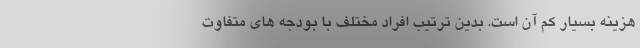
هزینه بسیار کم آن است. بدین ترتیب افراد مختلف با بودجه های متفاوت